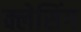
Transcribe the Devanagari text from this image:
क्लेसिंग